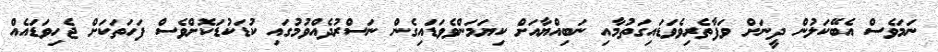
ނަމަވެސް އެބޭކަލުން ދީނަށް ވަފާތެރިވެވަޑައިގަތުމާއި ނަބިއްޔާއަށް ކިޔަމަންވެވަޑައިގެން ނަސްރުދެއްވުމުގައި ކުޑަކުޑަކޮށްވެސް ފަހަތަކަށް ޖެހިވަޑައެއް